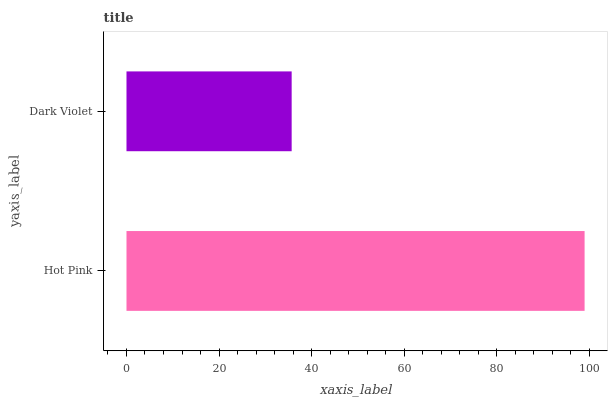
| yaxis_label | bars |
 | --- | --- |
 | Hot Pink | 99 |
 | Dark Violet | 35.7 |